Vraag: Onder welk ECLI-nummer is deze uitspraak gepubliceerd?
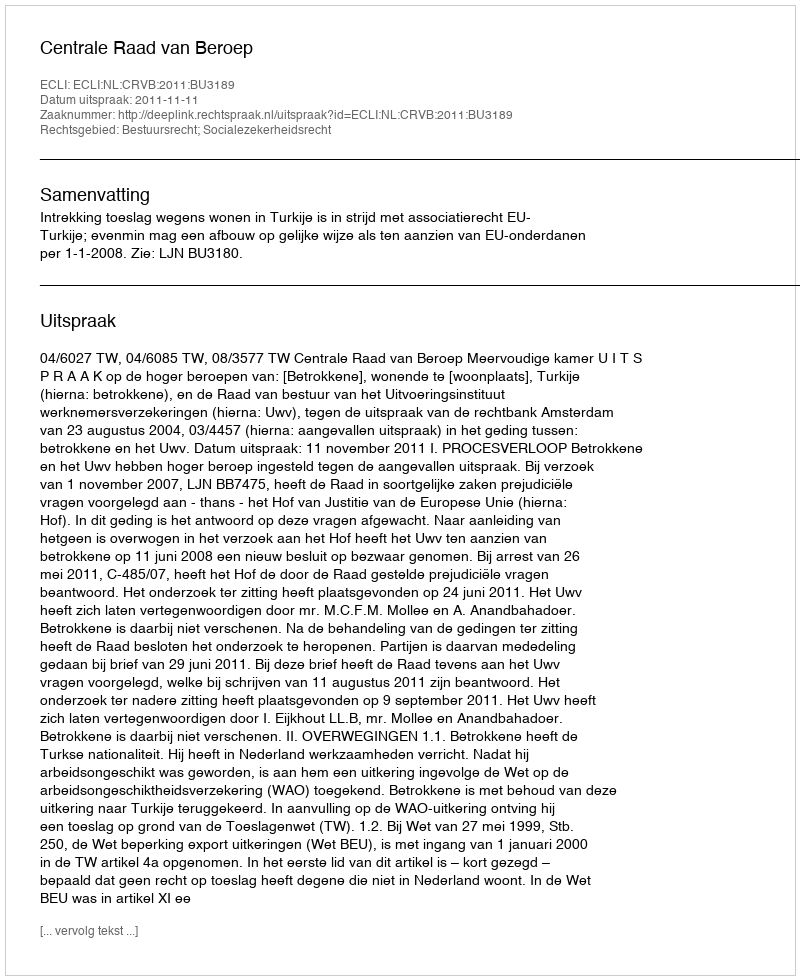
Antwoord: ECLI:NL:CRVB:2011:BU3189